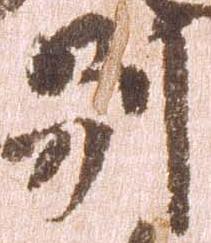
別